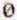
0